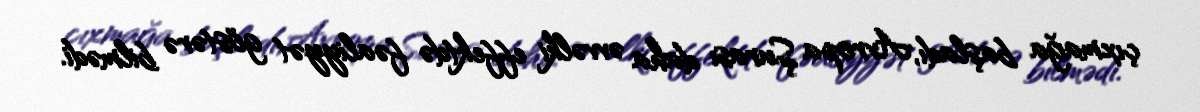
çıxmağa başladı, Avropa Şurası daha əvvəlki effektdə fəaliyyət göstərə bilmədi.